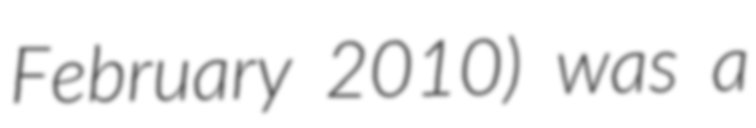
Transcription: February 2010) was a